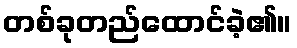
တစ်ခုတည်ထောင်ခဲ့၏။